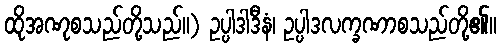
ထိုအဏုစသည်တို့သည်။) ဥပ္ပါဒါဒီနံ၊ ဥပ္ပါဒလက္ခဏာစသည်တို့၏။